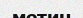
метин